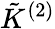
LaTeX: \tilde{K}^{(2)}